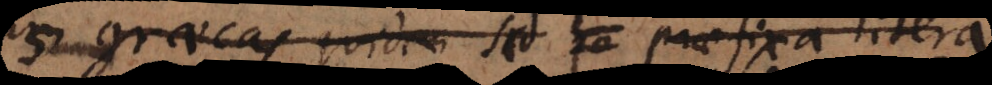
graecas quidem sed he praefixa litera